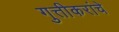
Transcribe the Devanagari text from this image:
गुत्तीकरांचे